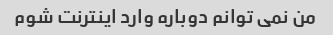
من نمی توانم دوباره وارد اینترنت شوم